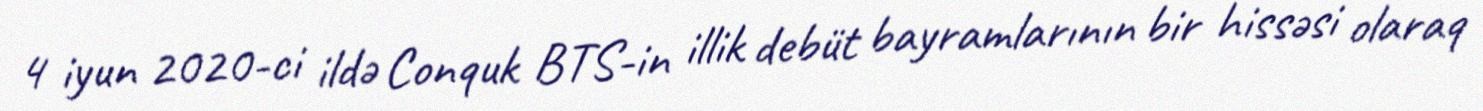
4 iyun 2020-ci ildə Conquk BTS-in illik debüt bayramlarının bir hissəsi olaraq